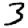
Digit: 3